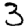
Digit: 3